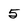
Character: 5